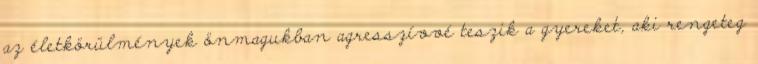
az életkörülmények önmagukban agresszívvé teszik a gyereket, aki rengeteg